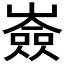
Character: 𡽗